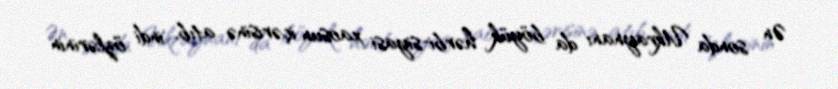
Ən sonda Ukraynanı da böyük hərbi-siyasi xaosun içərisinə atıb, indi özlərinin